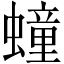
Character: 𧑆